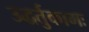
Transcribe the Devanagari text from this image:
उद्धर्तुकामः